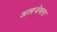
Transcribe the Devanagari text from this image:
अलजेबरा